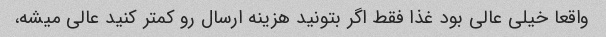
واقعا خیلی عالی بود غذا فقط اگر بتونید هزینه ارسال رو کمتر کنید عالی میشه،